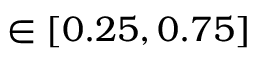
\in [ 0 . 2 5 , 0 . 7 5 ]